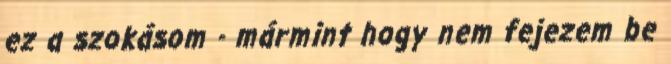
ez a szokásom - mármint hogy nem fejezem be